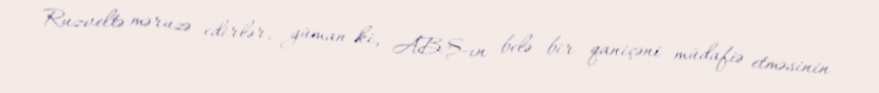
Ruzveltə məruzə edirlər, güman ki, ABŞ-ın belə bir qaniçəni müdafiə etməsinin